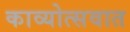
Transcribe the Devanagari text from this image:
काव्योत्सवात